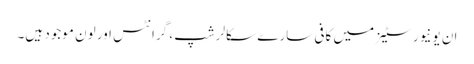
ان یونیورسٹیز میں کافی سارے سکالرشپ ، گرانٹس اور لون موجود ہیں۔